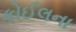
કોઈલના